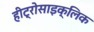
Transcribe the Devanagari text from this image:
हीट्रोसाइक्लिक